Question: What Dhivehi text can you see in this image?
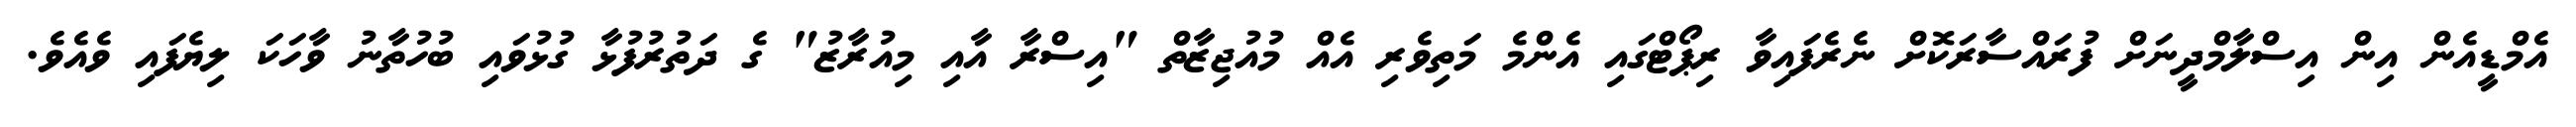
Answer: އެމްޑީއެން އިން އިސްލާމްދީނަށް ފުރައްސާރަކޮށް ނެރެފައިވާ ރިޕޯޓްގައި އެންމެ މަތިވެރި އެއް މުއުޖިޒާތް "އިސްރާ އާއި މިއުރާޒު" ގެ ދަތުރުފުޅާ ގުޅުވައި ބުހުތާނު ވާހަކަ ލިޔެފައި ވެއެވެ.